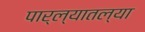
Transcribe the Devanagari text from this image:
पार्ल्यातल्या